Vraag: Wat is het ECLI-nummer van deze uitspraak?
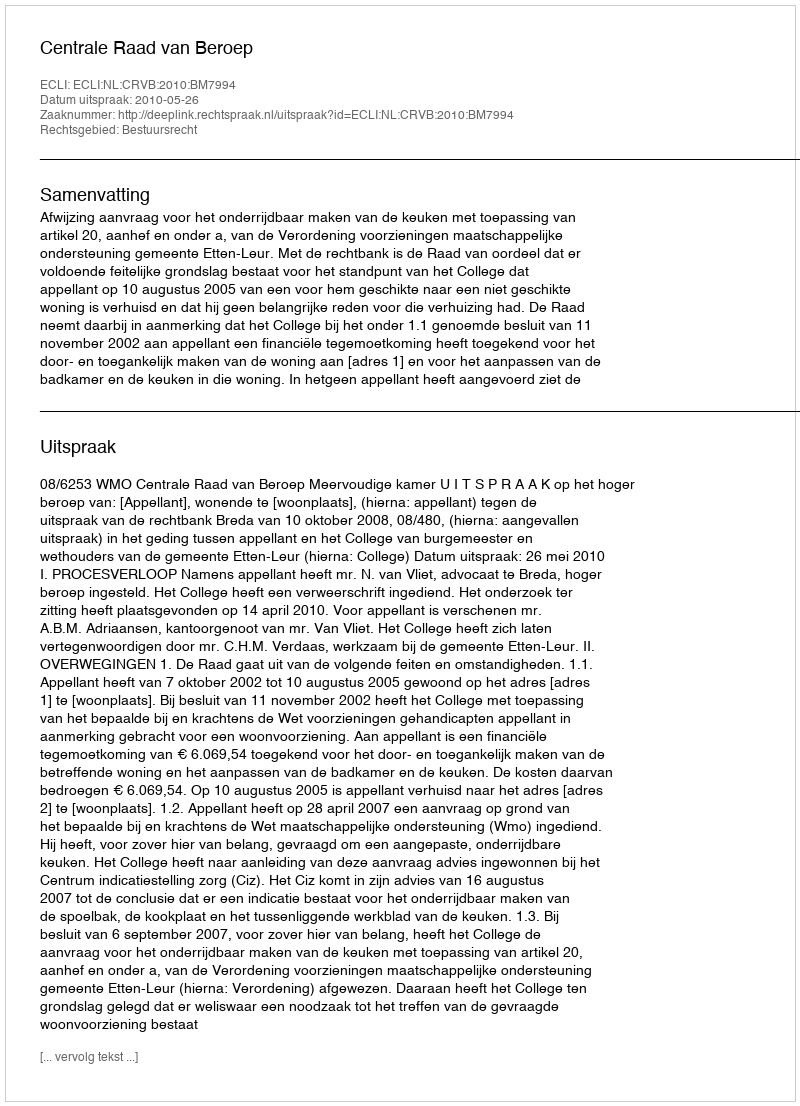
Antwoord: ECLI:NL:CRVB:2010:BM7994